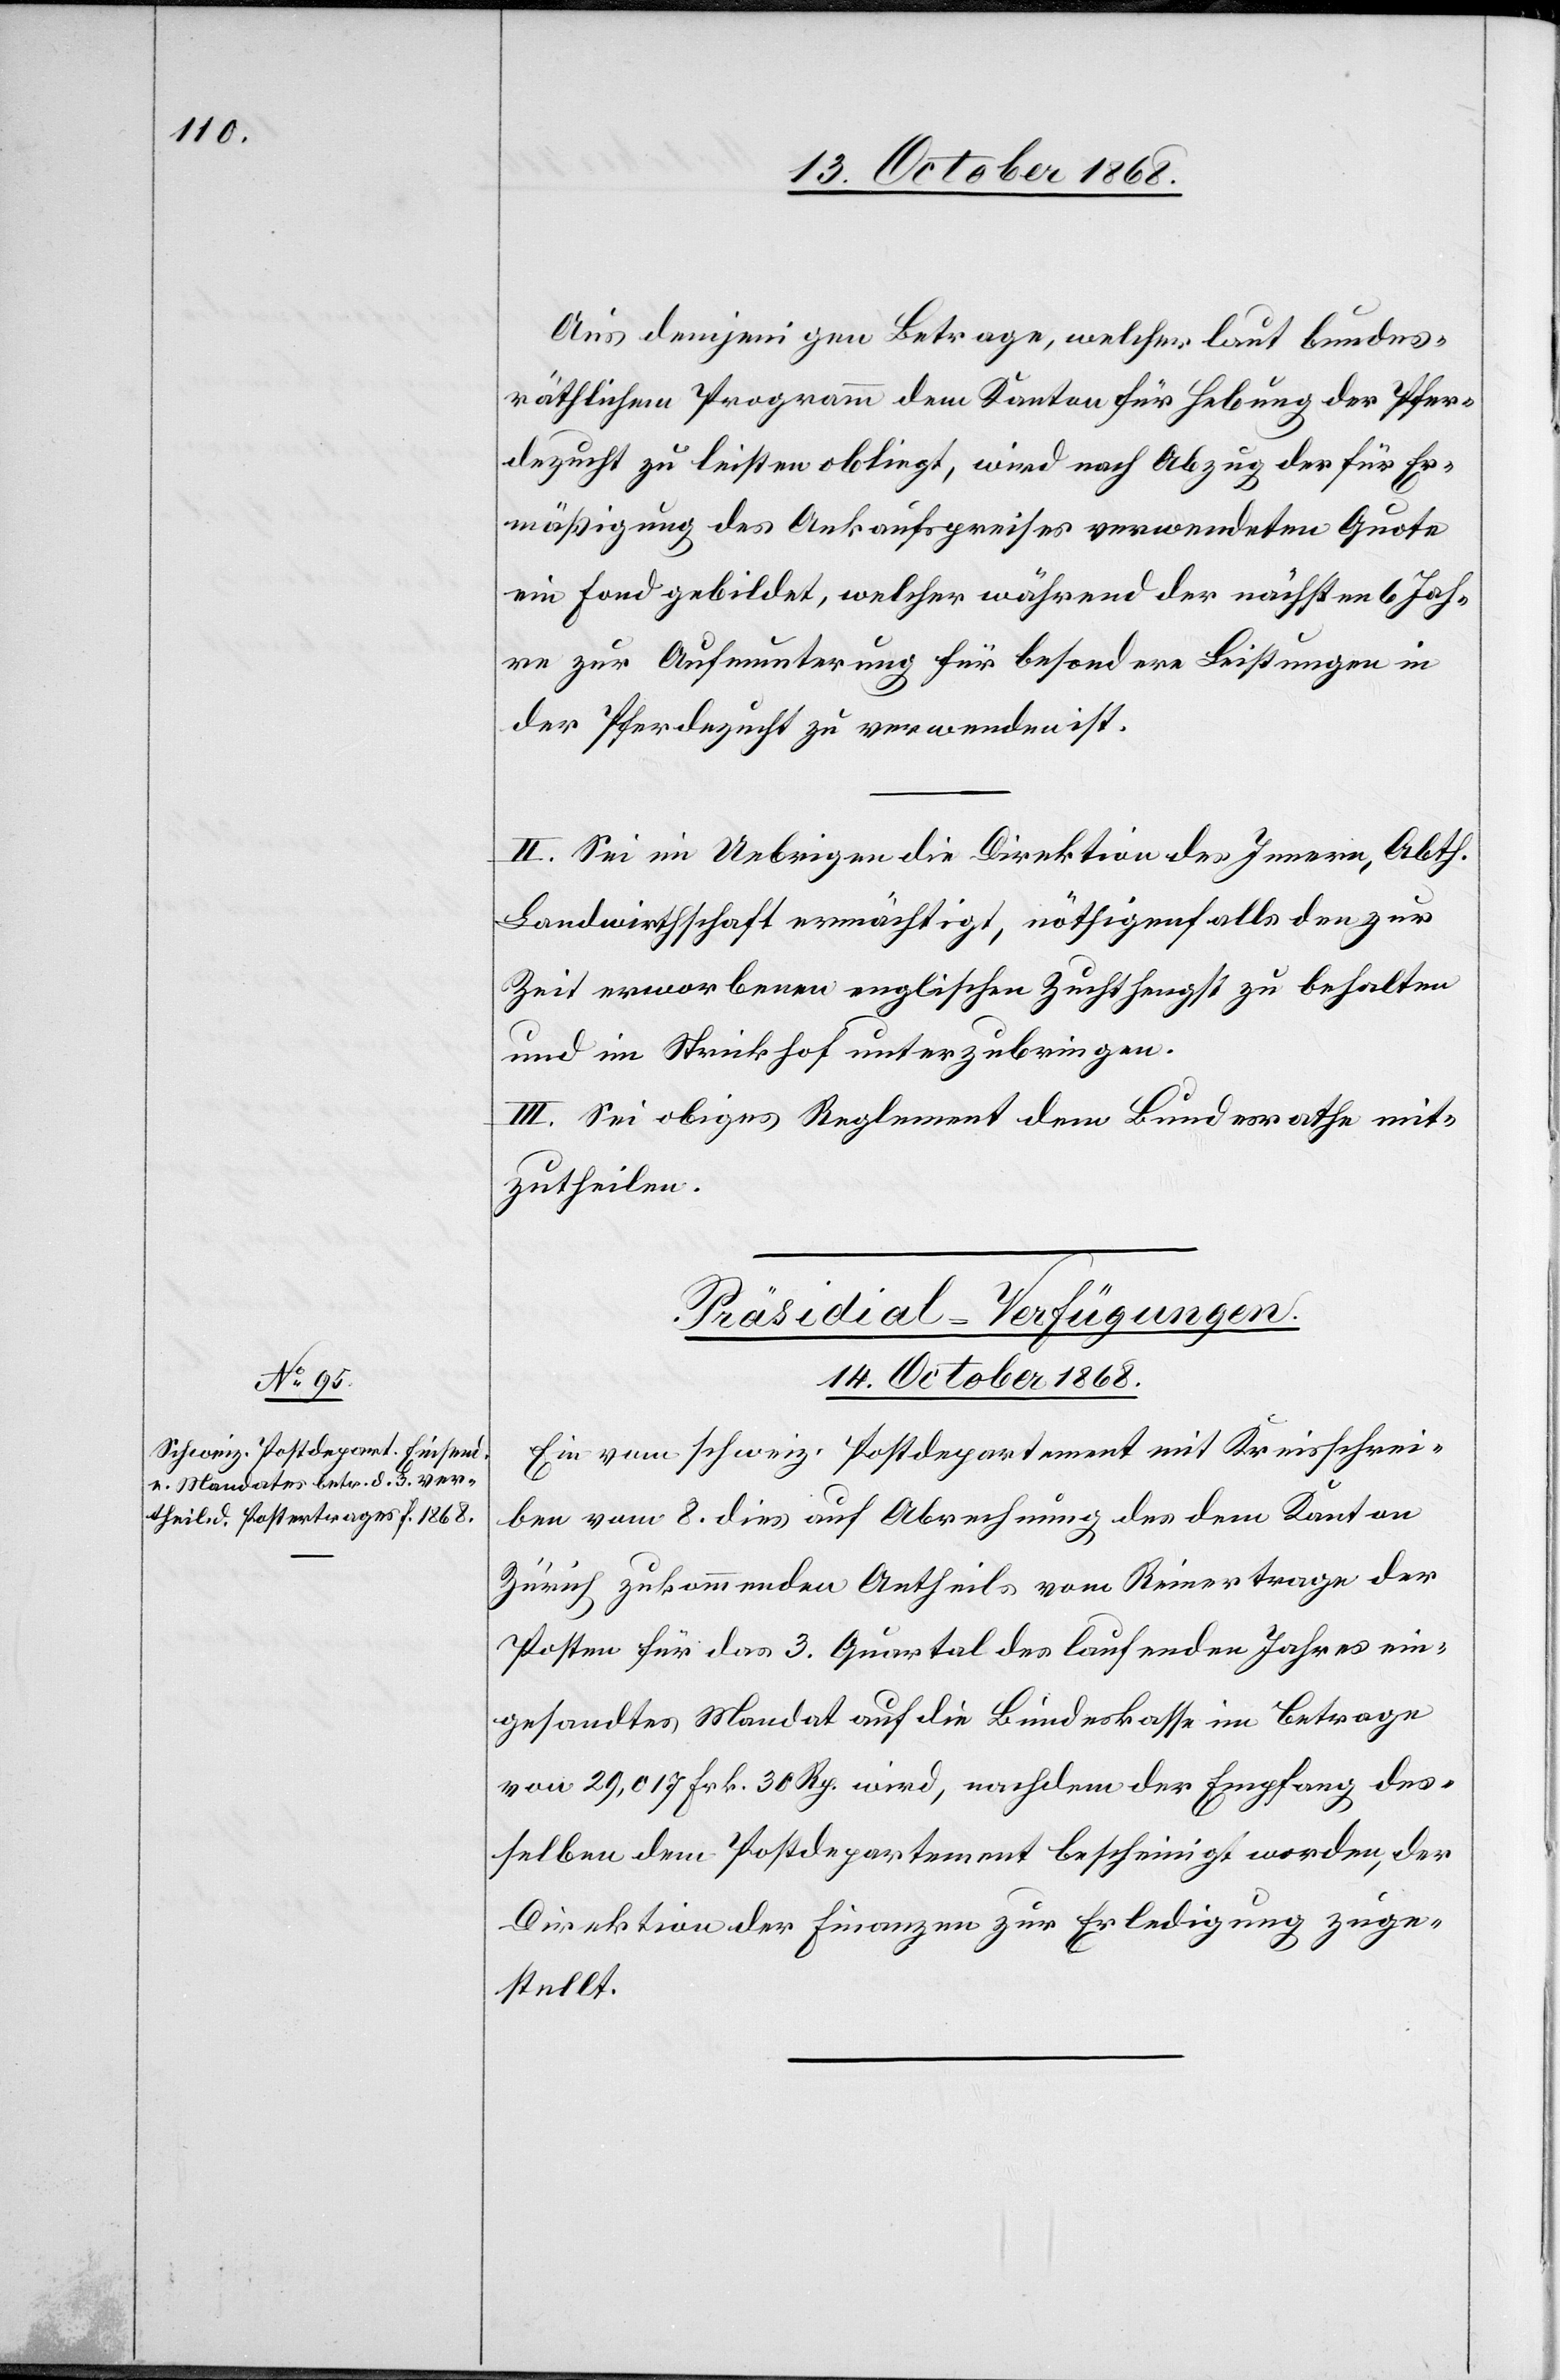
Aus demjenigen Betrage, welcher laut bundes¬
räthlichem Programm dem Kanton für Hebung der Pfer¬
dezucht zu leisten obliegt, wird nach Abzug der für Er¬
mäßigung des Ankaufspreises verwendeten Quote
ein Fond gebildet, welcher während der nächsten 6 Jah¬
re zur Aufmunterung für besondere Leistungen in
der Pferdezucht zu verwenden ist.
II. Sei im Uebrigen die Direktion des Innern, Abth.
Landwirthschaft ermächtigt, nöthigenfalls den zur
Zeit erworbenen englischen Zuchthengst zu behalten
und im Strickhof unterzubringen.
III. Sei obiges Reglement dem Bundesrathe mit¬
zutheilen.
Präsidial-Verfügungen.
14. October 1868.
Ein vom schweiz. Postdepartement mit Kreisschrei¬
ben vom 8. dies auf Abrechnung des dem Kanton
Zürich zukommenden Antheils vom Reinertrage der
Posten für das 3. Quartal des laufenden Jahres ein¬
gesandtes Mandat auf die Bundeskasse im Betrage
von 29,017 Frk. 30 Rp. wird, nachdem der Empfang des¬
selben dem Postdepartement bescheinigt worden, der
Direktion der Finanzen zur Erledigung zuge¬
stellt.